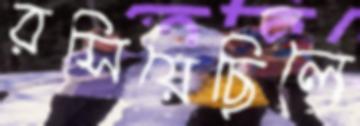
রসিয়েছিলে